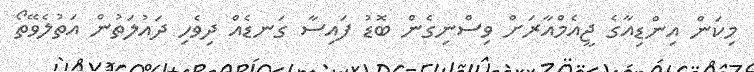
މިކަން އިންޑިއާގެ ޖީއެމްއާރަށް ވިސްނިގެން ބޮޑު ފައިސާ ގަނޑެއް ދިވެހި ދައުލަތުން އަތުލެވޭތޯ